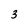
Character: 3